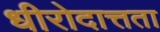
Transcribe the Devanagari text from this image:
धीरोदात्तता